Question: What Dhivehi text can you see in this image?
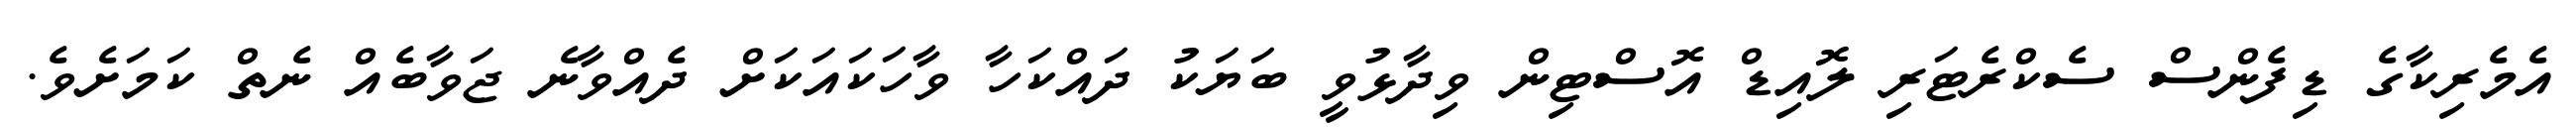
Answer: އެމެރިކާގެ ޑިފެންސް ސެކްރެޓަރި ލޮއިޑް އޮސްޓިން ވިދާޅުވީ ބަޔަކު ދައްކަހާ ވާހަކައަކަށް ދެއްވާނެ ޖަވާބެއް ނެތް ކަމަށެވެ.